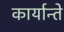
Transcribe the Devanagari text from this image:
कार्यान्ते